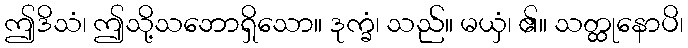
ဤဒိသံ၊ ဤသို့သဘောရှိသော။ ဒုက္ခံ၊ သည်။ မယှံ၊ ၏။ သတ္ထုနောပိ၊